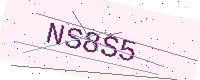
Text: NS8S5